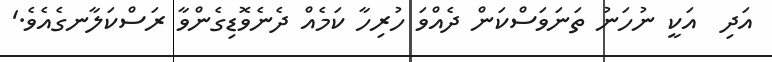
އަދި  އަކީ ނުހަނު ތަނަވަސްކަން ދެއްވަ ހުރިހާ ކަމެއް ދެނެވޮޑިގެންވާ ރަސްކަލާނގެއެވެ.'